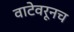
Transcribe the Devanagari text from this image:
वाटेवरूनच